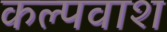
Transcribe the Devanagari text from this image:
कल्पवाश